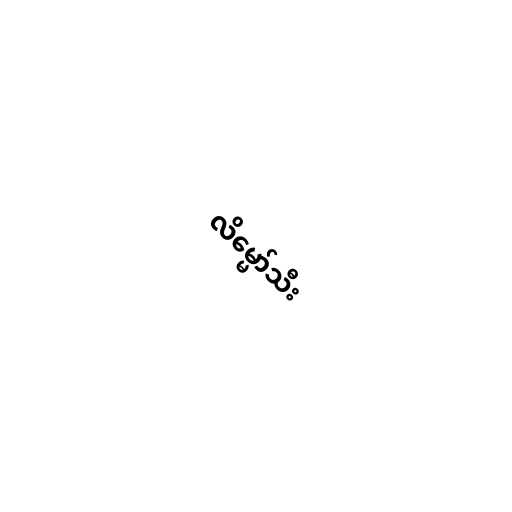
လိမ္မော်သီး